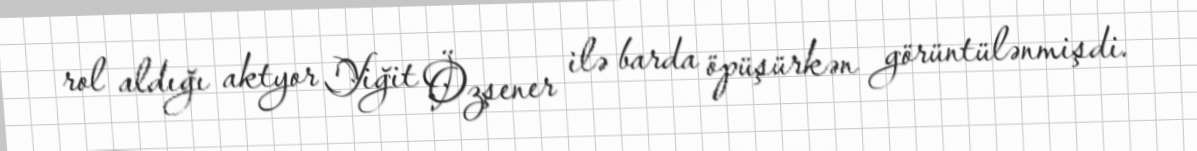
rol aldığı aktyor Yiğit Özşener ilə barda öpüşürkən görüntülənmişdi.